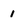
Character: 1